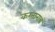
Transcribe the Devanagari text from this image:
करतानाचं